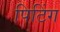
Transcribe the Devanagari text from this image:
पिटिंग